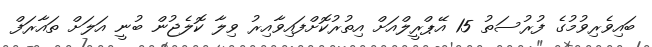
ބައިވެރިވުމުގެ ފުރުސަތު 15 އޭޕްރީލްއަށް އިތުރުކޮށްފައިވާއިރު ވިލާ ކޮލެޖުން ބުނީ އަލަށް ތައާރަފް